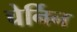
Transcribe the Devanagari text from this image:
चेर्निन